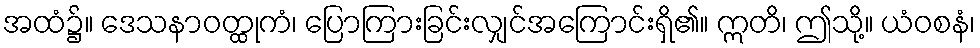
အထံ၌။ ဒေသနာဝတ္ထုကံ၊ ပြောကြားခြင်းလျှင်အကြောင်းရှိ၏။ ဣတိ၊ ဤသို့။ ယံဝစနံ၊